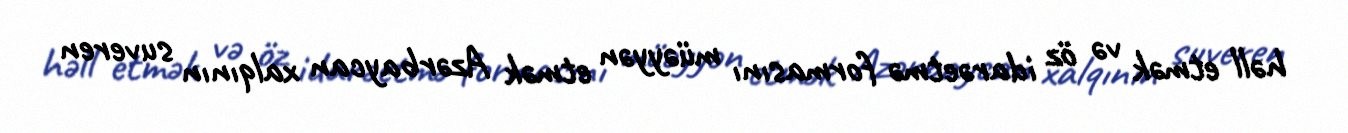
həll etmək və öz idarəetmə formasını müəyyən etmək Azərbaycan xalqının suveren